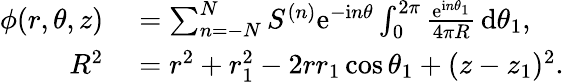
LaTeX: \begin{array}{rl}{\phi(r,\theta,z)}&{{}=\sum_{n=-N}^{N}S^{(n)}\mathrm{e}^{-\mathrm{i}n\theta}\int_{0}^{2\pi}\frac{\mathrm{e}^{\mathrm{i}n\theta_{1}}}{4\pi R}\, \mathrm{d}\theta_{1},}\\ {R^{2}}&{{}=r^{2}+r_{1}^{2}-2rr_{1}\cos\theta_{1}+(z-z_{1})^{2}.}\end{array}